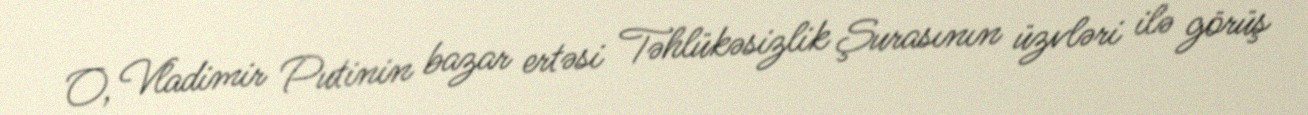
O, Vladimir Putinin bazar ertəsi Təhlükəsizlik Şurasının üzvləri ilə görüş